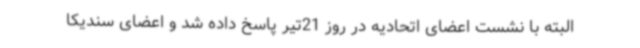
البته با نشست اعضای اتحادیه در روز 21تیر پاسخ داده شد و اعضای سندیکا